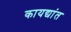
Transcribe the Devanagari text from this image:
कायद्यांत